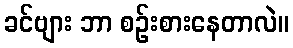
ခင်ဗျား ဘာ စဉ်းစားနေတာလဲ။